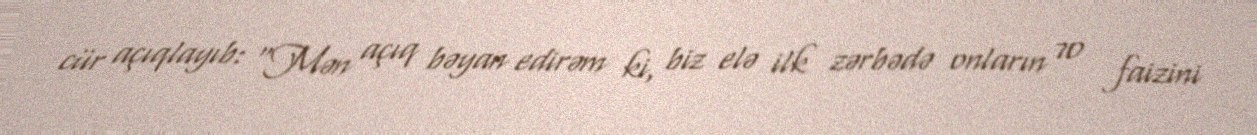
cür açıqlayıb: "Mən açıq bəyan edirəm ki, biz elə ilk zərbədə onların 70 faizini